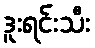
ဒူးရင်းသီး